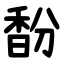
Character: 馚